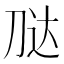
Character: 𭃢